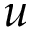
u